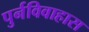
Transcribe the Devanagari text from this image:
पुर्नविवाहास